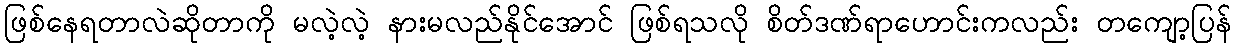
ဖြစ်နေရတာလဲဆိုတာကို မလဲ့လဲ့ နားမလည်နိုင်အောင် ဖြစ်ရသလို စိတ်ဒဏ်ရာဟောင်းကလည်း တကျော့ပြန်